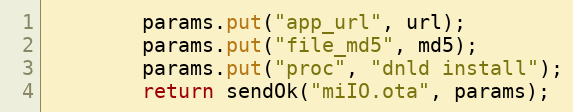
Language: Java
        params.put("app_url", url);
        params.put("file_md5", md5);
        params.put("proc", "dnld install");
        return sendOk("miIO.ota", params);